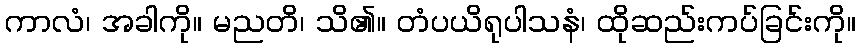
ကာလံ၊ အခါကို။ မညတိ၊ သိ၏။ တံပယိရုပါသနံ၊ ထိုဆည်းကပ်ခြင်းကို။